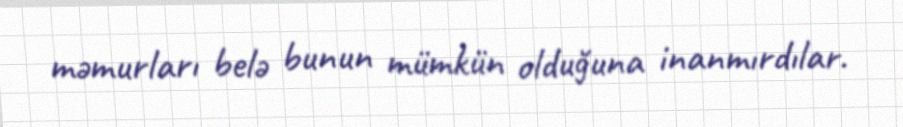
məmurları belə bunun mümkün olduğuna inanmırdılar.